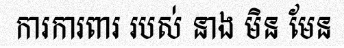
ការការពារ របស់ នាង មិន មែន